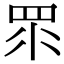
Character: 眔